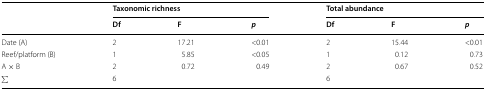
| <ROWSPAN=2>  | <COLSPAN=3> Taxonomic richness | <COLSPAN=3> Total abundance |
 | Df | F | p | Df | F | p |
 | --- | --- | --- | --- | --- | --- | --- |
 | Date (A) | 2 | 17.21 | <0.01 | 2 | 15.44 | <0.01 |
 | Reef/platform (B) | 1 | 5.85 | <0.05 | 1 | 0.12 | 0.73 |
 | A × B | 2 | 0.72 | 0.49 | 2 | 0.67 | 0.52 |
 | ∑ | 6 |  |  | 6 |  |  |